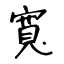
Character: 寬